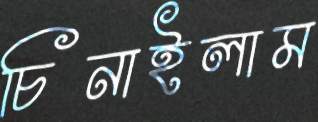
চিনাইলাম